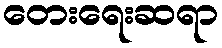
တေးရေးဆရာ